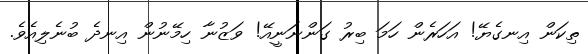
ތިކަން އިނގެޔޭ! އަހަރެން ހަމަ ބިރު ގަންނަނީއޭ! ވަޒުނާ ހިމޭނުން އިނދެ ބުނެލިއެވެ.